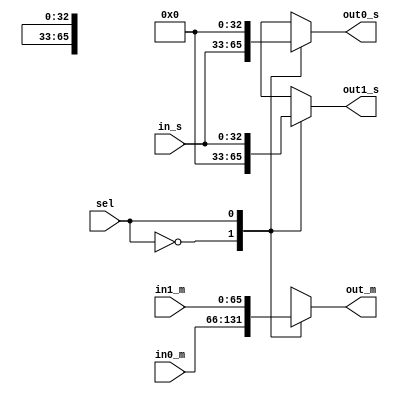
module IO_cell (in0_m, in1_m, in_s, out0_s, out1_s, sel, out_m);

input [65:0] in0_m, in1_m;
input [32:0] in_s;
input sel;

output reg [65:0] out_m;
output reg [32:0] out0_s, out1_s;

always @*
begin
	case (sel)
	1'b0: begin out_m = in0_m; out0_s = in_s; out1_s = 0; end 
	1'b1: begin out_m = in1_m; out1_s = in_s; out0_s = 0; end
	default: begin out_m = 66'hx; out0_s = 32'hx; out1_s = 32'hx; end
	endcase
end
										
endmodule